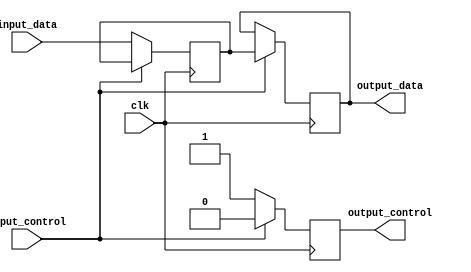
module voltage_level_shifter (
    input wire [7:0] input_data,
    input wire input_control,
    input wire clk,
    output reg [7:0] output_data,
    output reg output_control
);

reg [7:0] shifted_data;

always @(posedge clk) begin
    if(input_control == 1'b0) begin
        // Logic gates to convert input_data to compatible voltage level
        // Insert logic gate code here
        shifted_data <= input_data; 
        output_control <= 1'b1;
    end else begin
        // Logic gates to convert shifted_data to output_data
        // Insert logic gate code here
        output_data <= shifted_data;
        output_control <= 1'b0;
    end
end

endmodule